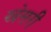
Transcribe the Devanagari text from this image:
खेसरी